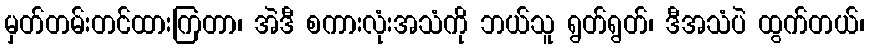
မှတ်တမ်းတင်ထားကြတာ၊ အဲဒီ စကားလုံးအသံကို ဘယ်သူ ရွတ်ရွတ်၊ ဒီအသံပဲ ထွက်တယ်၊